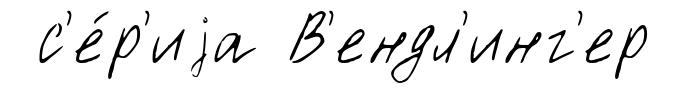
с'е́р'иjа В'ендл'инг'ер